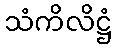
သံကိလိဋ္ဌံ